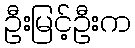
ဦးမြင့်ဦးက